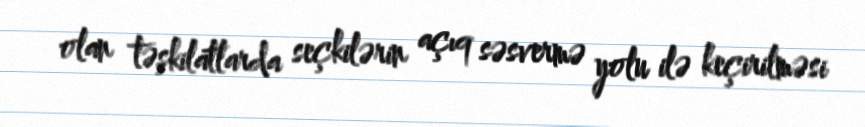
olan təşkilatlarda seçkilərin açıq səsvermə yolu ilə keçirilməsi